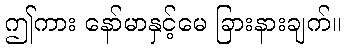
ဤကား နော်မာနှင့်မေ ခြားနားချက်။